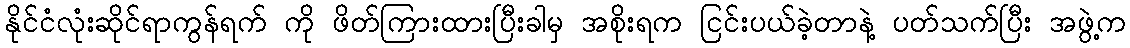
နိုင်ငံလုံးဆိုင်ရာကွန်ရက် ကို ဖိတ်ကြားထားပြီးခါမှ အစိုးရက ငြင်းပယ်ခဲ့တာနဲ့ ပတ်သက်ပြီး အဖွဲ့က